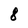
Character: 8